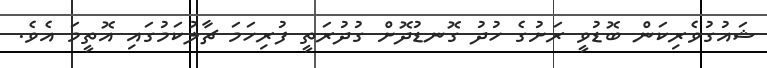
ޝައުގުވެރިކަން ބޮޑުވީ ރަށުގެ ހުދު ގޮނޑުދޮށް ގުދުރަތީ ފުރިހަމަ ޗާލުކަމުގައި އޮތީމަ އެވެ.